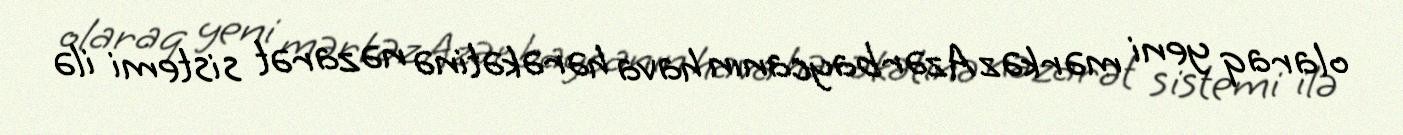
olaraq yeni mərkəz Azərbaycanın hava hərəkətinə nəzarət sistemi ilə